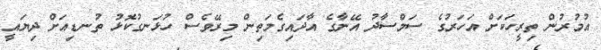
އުމުރުން ތިރީހަކަށް އަހަރުގެ ސަމްސާދު އޭނާގެ އާދައިގެމަތިން މިރޭވެސް ހުޅަނގުކޮޅު ތުނޑިއަށް ދިޔައީ